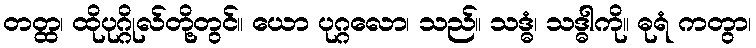
တတ္ထ၊ ထိုပုဂ္ဂိုလ်တို့တွင်။ ယော ပုဂ္ဂလော၊ သည်။ သဒ္ဓံ၊ သဒ္ဓါကို။ ဓုရံ ကတွာ၊